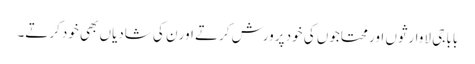
بابا جی لاوارثوں اور محتاجوں کی خود پرورش کرتے اور ن کی شادیاں بھی خود کرتے۔